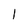
Character: l